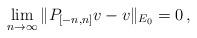
LaTeX: \begin{align*}\lim_{n\to \infty} \|P_{[-n,n]} v - v\|_{E_0} = 0\,,\end{align*}